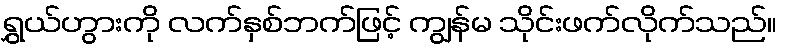
ရွှယ်ဟွားကို လက်နှစ်ဘက်ဖြင့် ကျွန်မ သိုင်းဖက်လိုက်သည်။